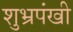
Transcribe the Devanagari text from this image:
शुभ्रपंखी